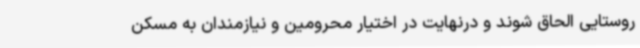
روستایی الحاق شوند و درنهایت در اختیار محرومین و نیازمندان به مسکن